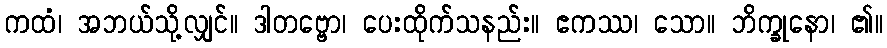
ကထံ၊ အဘယ်သို့လျှင်။ ဒါတဗ္ဗော၊ ပေးထိုက်သနည်း။ ဧကဿ၊ သော။ ဘိက္ခုနော၊ ၏။